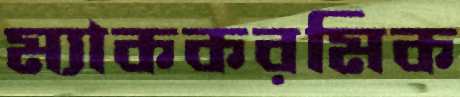
ম্যাককরমিক